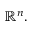
\mathbb { R } ^ { n } .